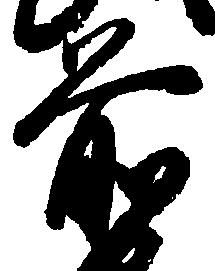
前